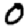
Digit: 0